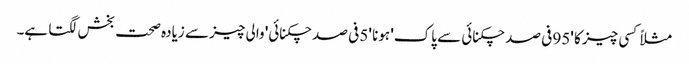
مثلاً کسی چیز کا '95 فی صد چکنائی سے پاک' ہونا '5 فی صد چکنائی' والی چیز سے زیادہ صحت بخش لگتا ہے۔